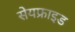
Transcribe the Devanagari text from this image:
सेयफ्राइड